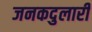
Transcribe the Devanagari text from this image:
जनकदुलारी